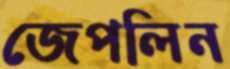
জেপলিন